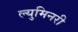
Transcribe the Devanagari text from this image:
ल्युमिनरी